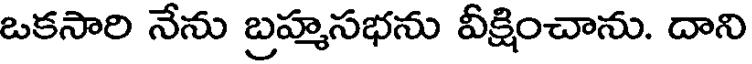
ఒకసారి నేను బ్రహ్మసభను వీక్షించాను. దాని